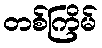
တစ်ကြိမ်